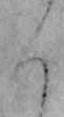
く